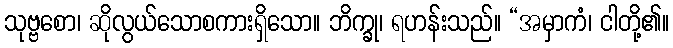
သုဗ္ဗစော၊ ဆိုလွယ်သောစကားရှိသော။ ဘိက္ခု၊ ရဟန်းသည်။ “အမှာကံ၊ ငါတို့၏။